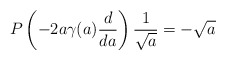
\begin{align*}P\left(-2a\gamma(a){d\over d a}\right){1\over\sqrt{a}}=-\sqrt{a}\end{align*}